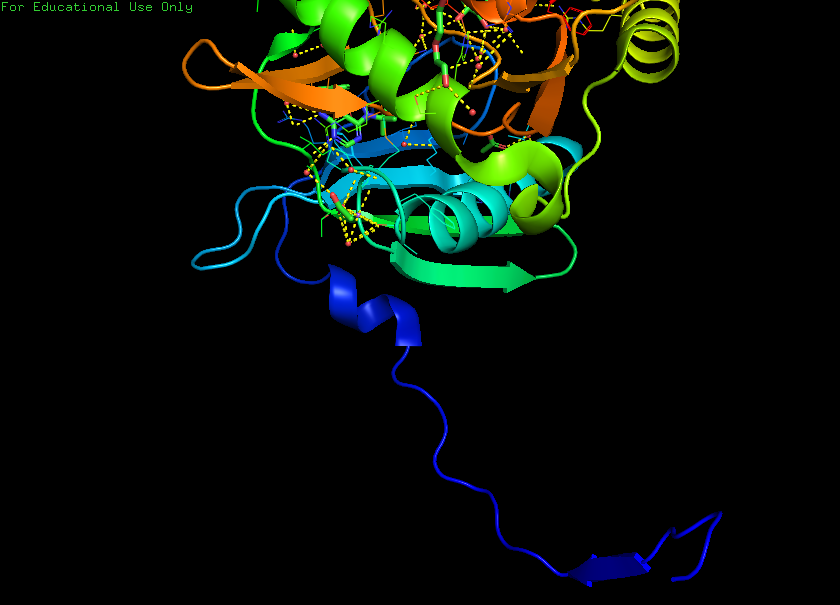
pymol, preset, ligand_cartoon